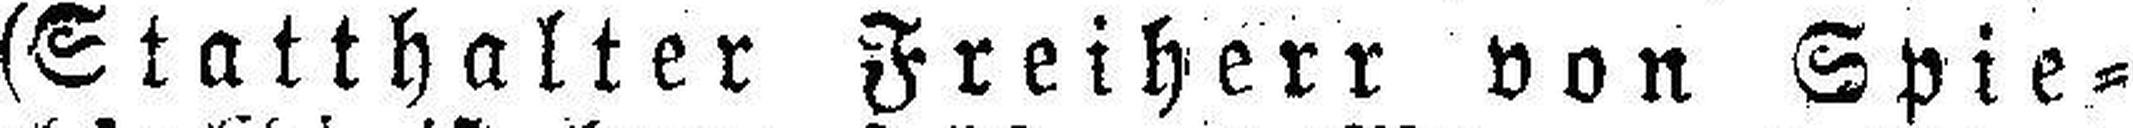
(Statthalter Freiherr von Spie¬